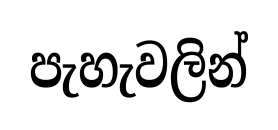
පැහැවලින්